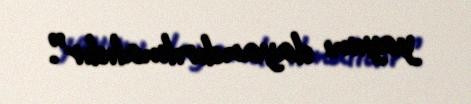
yayımı dayandırılmalıdır”.